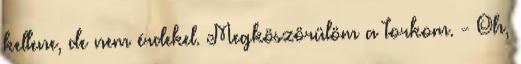
kellene, de nem érdekel. Megköszörülöm a torkom. - Oh,